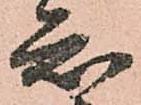
知